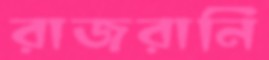
রাজরানি